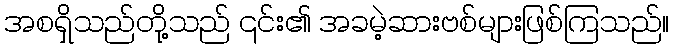
အစရှိသည်တို့သည် ၎င်း၏ အခမဲ့ဆားဗစ်များဖြစ်ကြသည်။